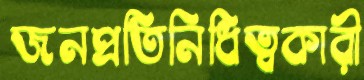
জনপ্রতিনিধিত্বকারী